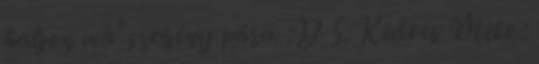
haljon má' szegény pára. :D 5. Kedves Mike :